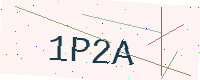
Text: 1P2A